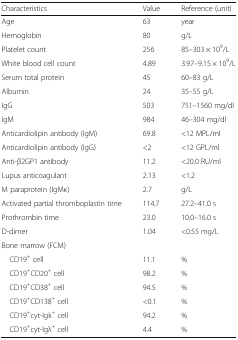
<table><thead><tr><td><b>Characteristics</b></td><td><b>Value</b></td><td><b>Reference (unit)</b></td></tr></thead><tbody><tr><td>Age</td><td>63</td><td>year</td></tr><tr><td>Hemoglobin</td><td>80</td><td>g/L</td></tr><tr><td>Platelet count</td><td>256</td><td>85–303 × 10<sup>9</sup>/L</td></tr><tr><td>White blood cell count</td><td>4.89</td><td>3.97–9.15 × 10<sup>9</sup>/L</td></tr><tr><td>Serum total protein</td><td>45</td><td>60–83 g/L</td></tr><tr><td>Albumin</td><td>24</td><td>35–55 g/L</td></tr><tr><td>IgG</td><td>503</td><td>751–1560 mg/dl</td></tr><tr><td>IgM</td><td>984</td><td>46–304 mg/dl</td></tr><tr><td>Anticardiolipin antibody (IgM)</td><td>69.8</td><td>&lt;12 MPL/ml</td></tr><tr><td>Anticardiolipin antibody (IgG)</td><td>&lt;2</td><td>&lt;12 GPL/ml</td></tr><tr><td>Anti-β2GP1 antibody</td><td>11.2</td><td>&lt;20.0 RU/ml</td></tr><tr><td>Lupus anticoagulant</td><td>2.13</td><td>&lt;1.2</td></tr><tr><td>M paraprotein (IgMκ)</td><td>2.7</td><td>g/L</td></tr><tr><td>Activated partial thromboplastin time</td><td>114.7</td><td>27.2–41.0 s</td></tr><tr><td>Prothrombin time</td><td>23.0</td><td>10.0–16.0 s</td></tr><tr><td>D-dimer</td><td>1.04</td><td>&lt;0.55 mg/L</td></tr><tr><td>Bone marrow (FCM)</td><td></td><td></td></tr><tr><td> CD19<sup>+</sup> cell</td><td>11.1</td><td>%</td></tr><tr><td> CD19<sup>+</sup>CD20<sup>+</sup> cell</td><td>98.2</td><td>%</td></tr><tr><td> CD19<sup>+</sup>CD38<sup>+</sup> cell</td><td>94.5</td><td>%</td></tr><tr><td> CD19<sup>+</sup>CD138<sup>+</sup> cell</td><td>&lt;0.1</td><td>%</td></tr><tr><td> CD19<sup>+</sup>cyt-Igk<sup>+</sup> cell</td><td>94.2</td><td>%</td></tr><tr><td> CD19<sup>+</sup>cyt-Igλ<sup>+</sup> cell</td><td>4.4</td><td>%</td></tr></tbody></table>